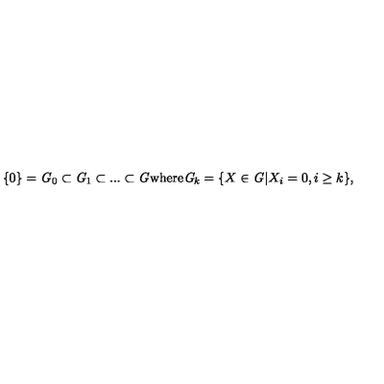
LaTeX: \{ 0 \} = { \it G } _ { 0 } \subset { \it G } _ { 1 } \subset . . . \subset { \it G } \mathrm { w h e r e } { \it G } _ { k } = \{ X \in { \it G } | X _ { i } = 0 , i \geq k \} ,